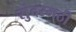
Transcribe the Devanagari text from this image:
सुंदरमठी